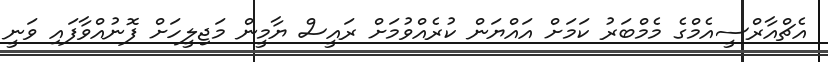
އެޗްއާރްސީއެމްގެ މެމްބަރު ކަމަށް އައްޔަން ކުރެއްވުމަށް ރައީސް ޔާމީން މަޖިލީހަށް ފޮނުއްވާފައި ވަނީ